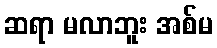
ဆရာ မလာဘူး အစ်မ